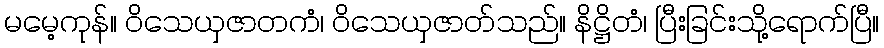
မမေ့ကုန်။ ဝိသေယှဇာတကံ၊ ဝိသေယှဇာတ်သည်။ နိဋ္ဌိတံ၊ ပြီးခြင်းသို့ရောက်ပြီ။